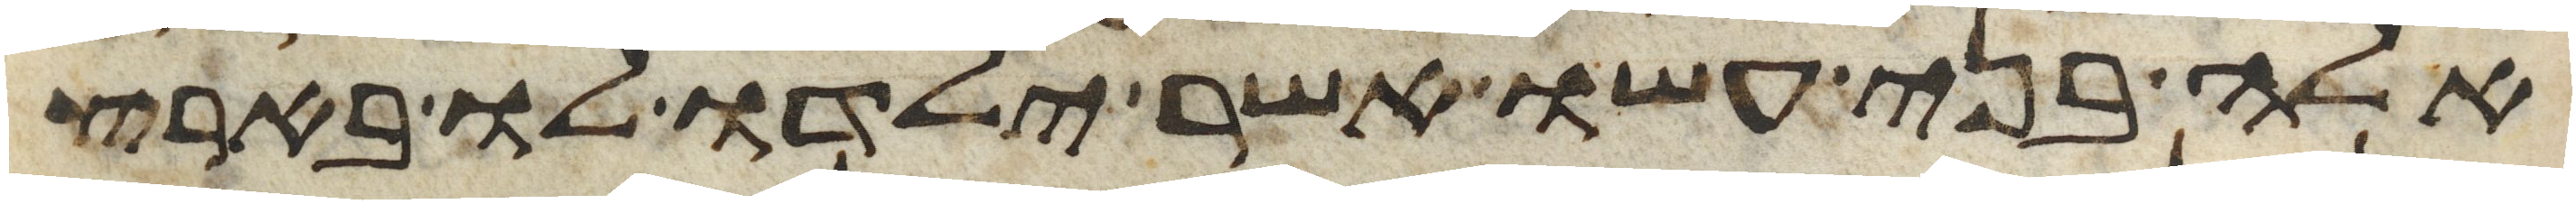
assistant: אלה בני עשו אשר ילדו לו בארץ